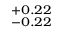
^ { + 0 . 2 2 } _ { - 0 . 2 2 }